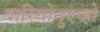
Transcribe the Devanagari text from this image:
बारियोनुएव्हो